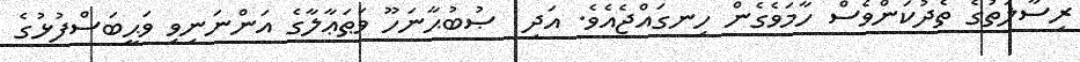
ރިސާލަތުގެ ތެދުކަންވެސް ހާމަވެގެން ހިނގައްޖެއެވެ. އަދި  ޞުބުޙާނަހޫ ވަޠަޢާލާގެ އަންނަނިވި ވަޙީބަސްފުޅުގެ